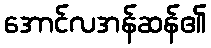
အောင်လအန်ဆန်၏